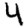
Digit: 4